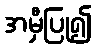
အမှီပြု၍